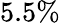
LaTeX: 5.5\%